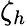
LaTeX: \zeta_{h}